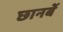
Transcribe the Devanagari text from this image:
छानबें